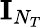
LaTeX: {\mathbf{I}}_{N_{T}}